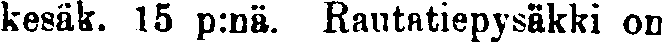
kesäk. 15 p:nä. Rautatiepysäkki on